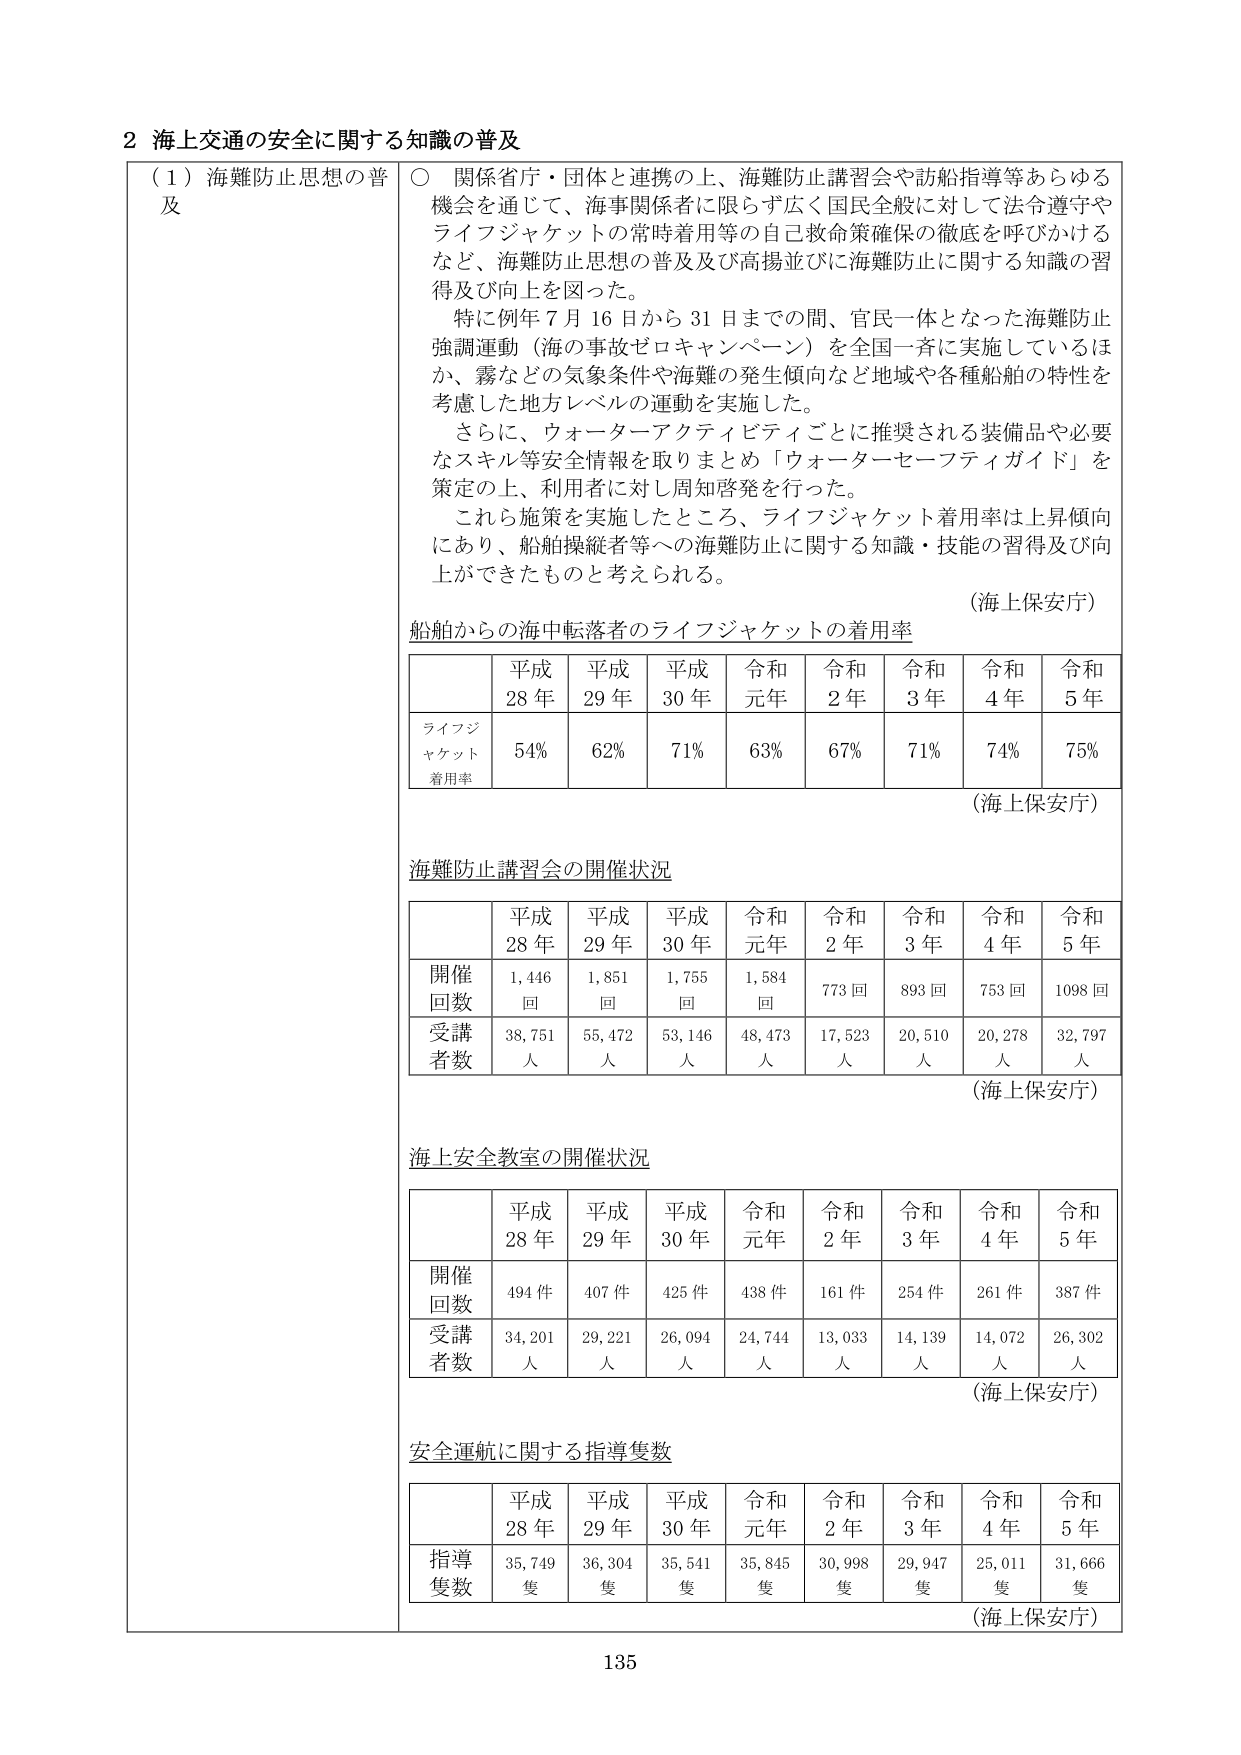
2 海上交通の安全に関する知識の普及

（1）海難防止思想の普及
○ 関係省庁・団体と連携の上、海難防止講習会や訪船指導等あらゆる機会を通じて、海事関係者に限らず広く国民全般に対して法令遵守やライフジャケットの常時着用等の自己救命策確保の徹底を呼びかけるなど、海難防止思想の普及及び高揚並びに海難防止に関する知識の習得及び向上を図った。
　特に例年7月16日から31日までの間、官民一体となった海難防止強調運動（海の事故ゼロキャンペーン）を全国一斉に実施しているほか、霧などの気象条件や海難の発生傾向など地域や各種船舶の特性を考慮した地方レベルの運動を実施した。
　さらに、ウォーターアクティビティごとに推奨される装備品や必要なスキル等安全情報を取りまとめ「ウォーターセーフティガイド」を策定の上、利用者に対し周知啓発を行った。
　これら施策を実施したところ、ライフジャケット着用率は上昇傾向にあり、船舶操縦者等への海難防止に関する知識・技能の習得及び向上ができたものと考えられる。
（海上保安庁）

船舶からの海中転落者のライフジャケットの着用率

| | 平成28年 | 平成29年 | 平成30年 | 令和元年 | 令和2年 | 令和3年 | 令和4年 | 令和5年 |
|---|---|---|---|---|---|---|---|---|
| ライフジャケット着用率 | 54% | 62% | 71% | 63% | 67% | 71% | 74% | 75% |

（海上保安庁）

海難防止講習会の開催状況

| | 平成28年 | 平成29年 | 平成30年 | 令和元年 | 令和2年 | 令和3年 | 令和4年 | 令和5年 |
|---|---|---|---|---|---|---|---|---|
| 開催回数 | 1,446回 | 1,851回 | 1,755回 | 1,584回 | 773回 | 893回 | 753回 | 1098回 |
| 受講者数 | 38,751人 | 55,472人 | 53,146人 | 48,473人 | 17,523人 | 20,510人 | 20,278人 | 32,797人 |

（海上保安庁）

海上安全教室の開催状況

| | 平成28年 | 平成29年 | 平成30年 | 令和元年 | 令和2年 | 令和3年 | 令和4年 | 令和5年 |
|---|---|---|---|---|---|---|---|---|
| 開催回数 | 494件 | 407件 | 425件 | 438件 | 161件 | 254件 | 261件 | 387件 |
| 受講者数 | 34,201人 | 29,221人 | 26,094人 | 24,744人 | 13,033人 | 14,139人 | 14,072人 | 26,302人 |

（海上保安庁）

安全運航に関する指導隻数

| | 平成28年 | 平成29年 | 平成30年 | 令和元年 | 令和2年 | 令和3年 | 令和4年 | 令和5年 |
|---|---|---|---|---|---|---|---|---|
| 指導隻数 | 35,749隻 | 36,304隻 | 35,541隻 | 35,845隻 | 30,998隻 | 29,947隻 | 25,011隻 | 31,666隻 |

（海上保安庁）

135